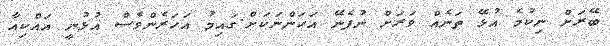
ބޭރަަށް ނިކުމެ އުޅޭ ތަނެއް ވަރަށް ނުފެނޭ އަހަންނަކަށް.ގައިމު އަހަރެންވެސް އުޅުނީ އައްކިއާ